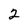
Character: 2